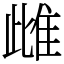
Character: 雌